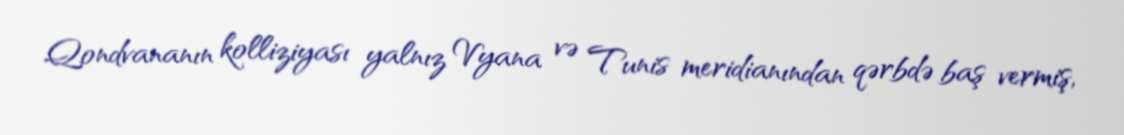
Qondvananın kolliziyası yalnız Vyana və Tunis meridianından qərbdə baş vermiş,